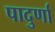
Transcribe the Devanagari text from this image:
पादुर्णा